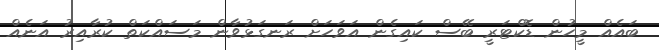
ބައެއް މީހުން ޑޮކްޓަރީ ބޭސް ކައިގެން އަވަހަށް ރަނގަޅުވާން މަސައްކަތް ކުރާއިރު އަނެއް